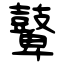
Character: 鼙